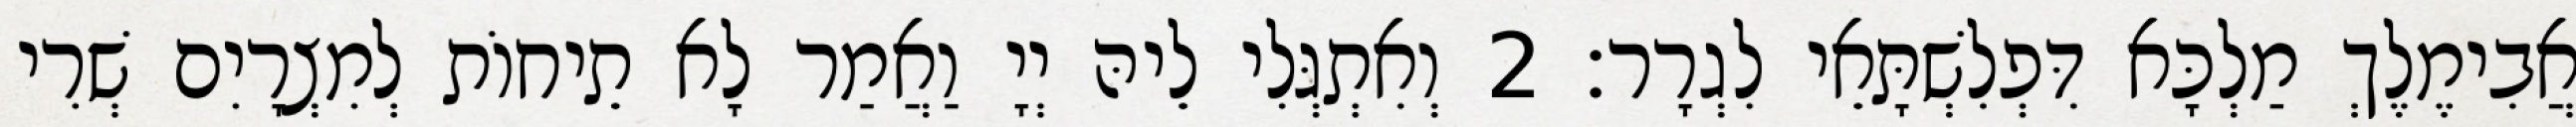
אֲבִימֶלֶךְ מַלְכָּא דִּפְלִשְׁתָּאֵי לִגְרָר׃ 2 וְאִתְגְּלִי לֵיהּ יְיָ וַאֲמַר לָא תֵיחוֹת לְמִצְרָיִם שְׁרִי